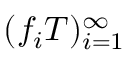
( f _ { i } T ) _ { i = 1 } ^ { \infty }